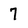
Character: 7